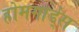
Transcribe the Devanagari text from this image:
होमगार्ड्‌स